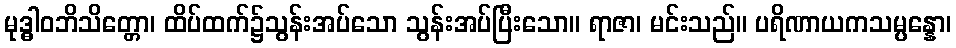
မုဒ္ဓါဝဘိသိတ္တော၊ ထိပ်ထက်၌သွန်းအပ်သော သွန်းအပ်ပြီးသော။ ရာဇာ၊ မင်းသည်။ ပရိဏာယကသမ္ပန္နော၊